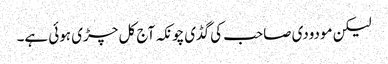
لیکن مودودی صاحب کی گڈی چونکہ آج کل چڑی ہوئی ہے۔